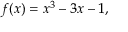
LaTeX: f ( x ) = x ^ { 3 } - 3 x - 1 ,